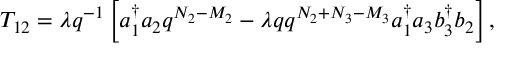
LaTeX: T _ { 1 2 } = \lambda q ^ { - 1 } \left[ a _ { 1 } ^ { \dag } a _ { 2 } q ^ { N _ { 2 } - M _ { 2 } } - \lambda q q ^ { N _ { 2 } + N _ { 3 } - M _ { 3 } } a _ { 1 } ^ { \dag } a _ { 3 } b _ { 3 } ^ { \dag } b _ { 2 } \right] ,